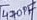
Text: 470PF